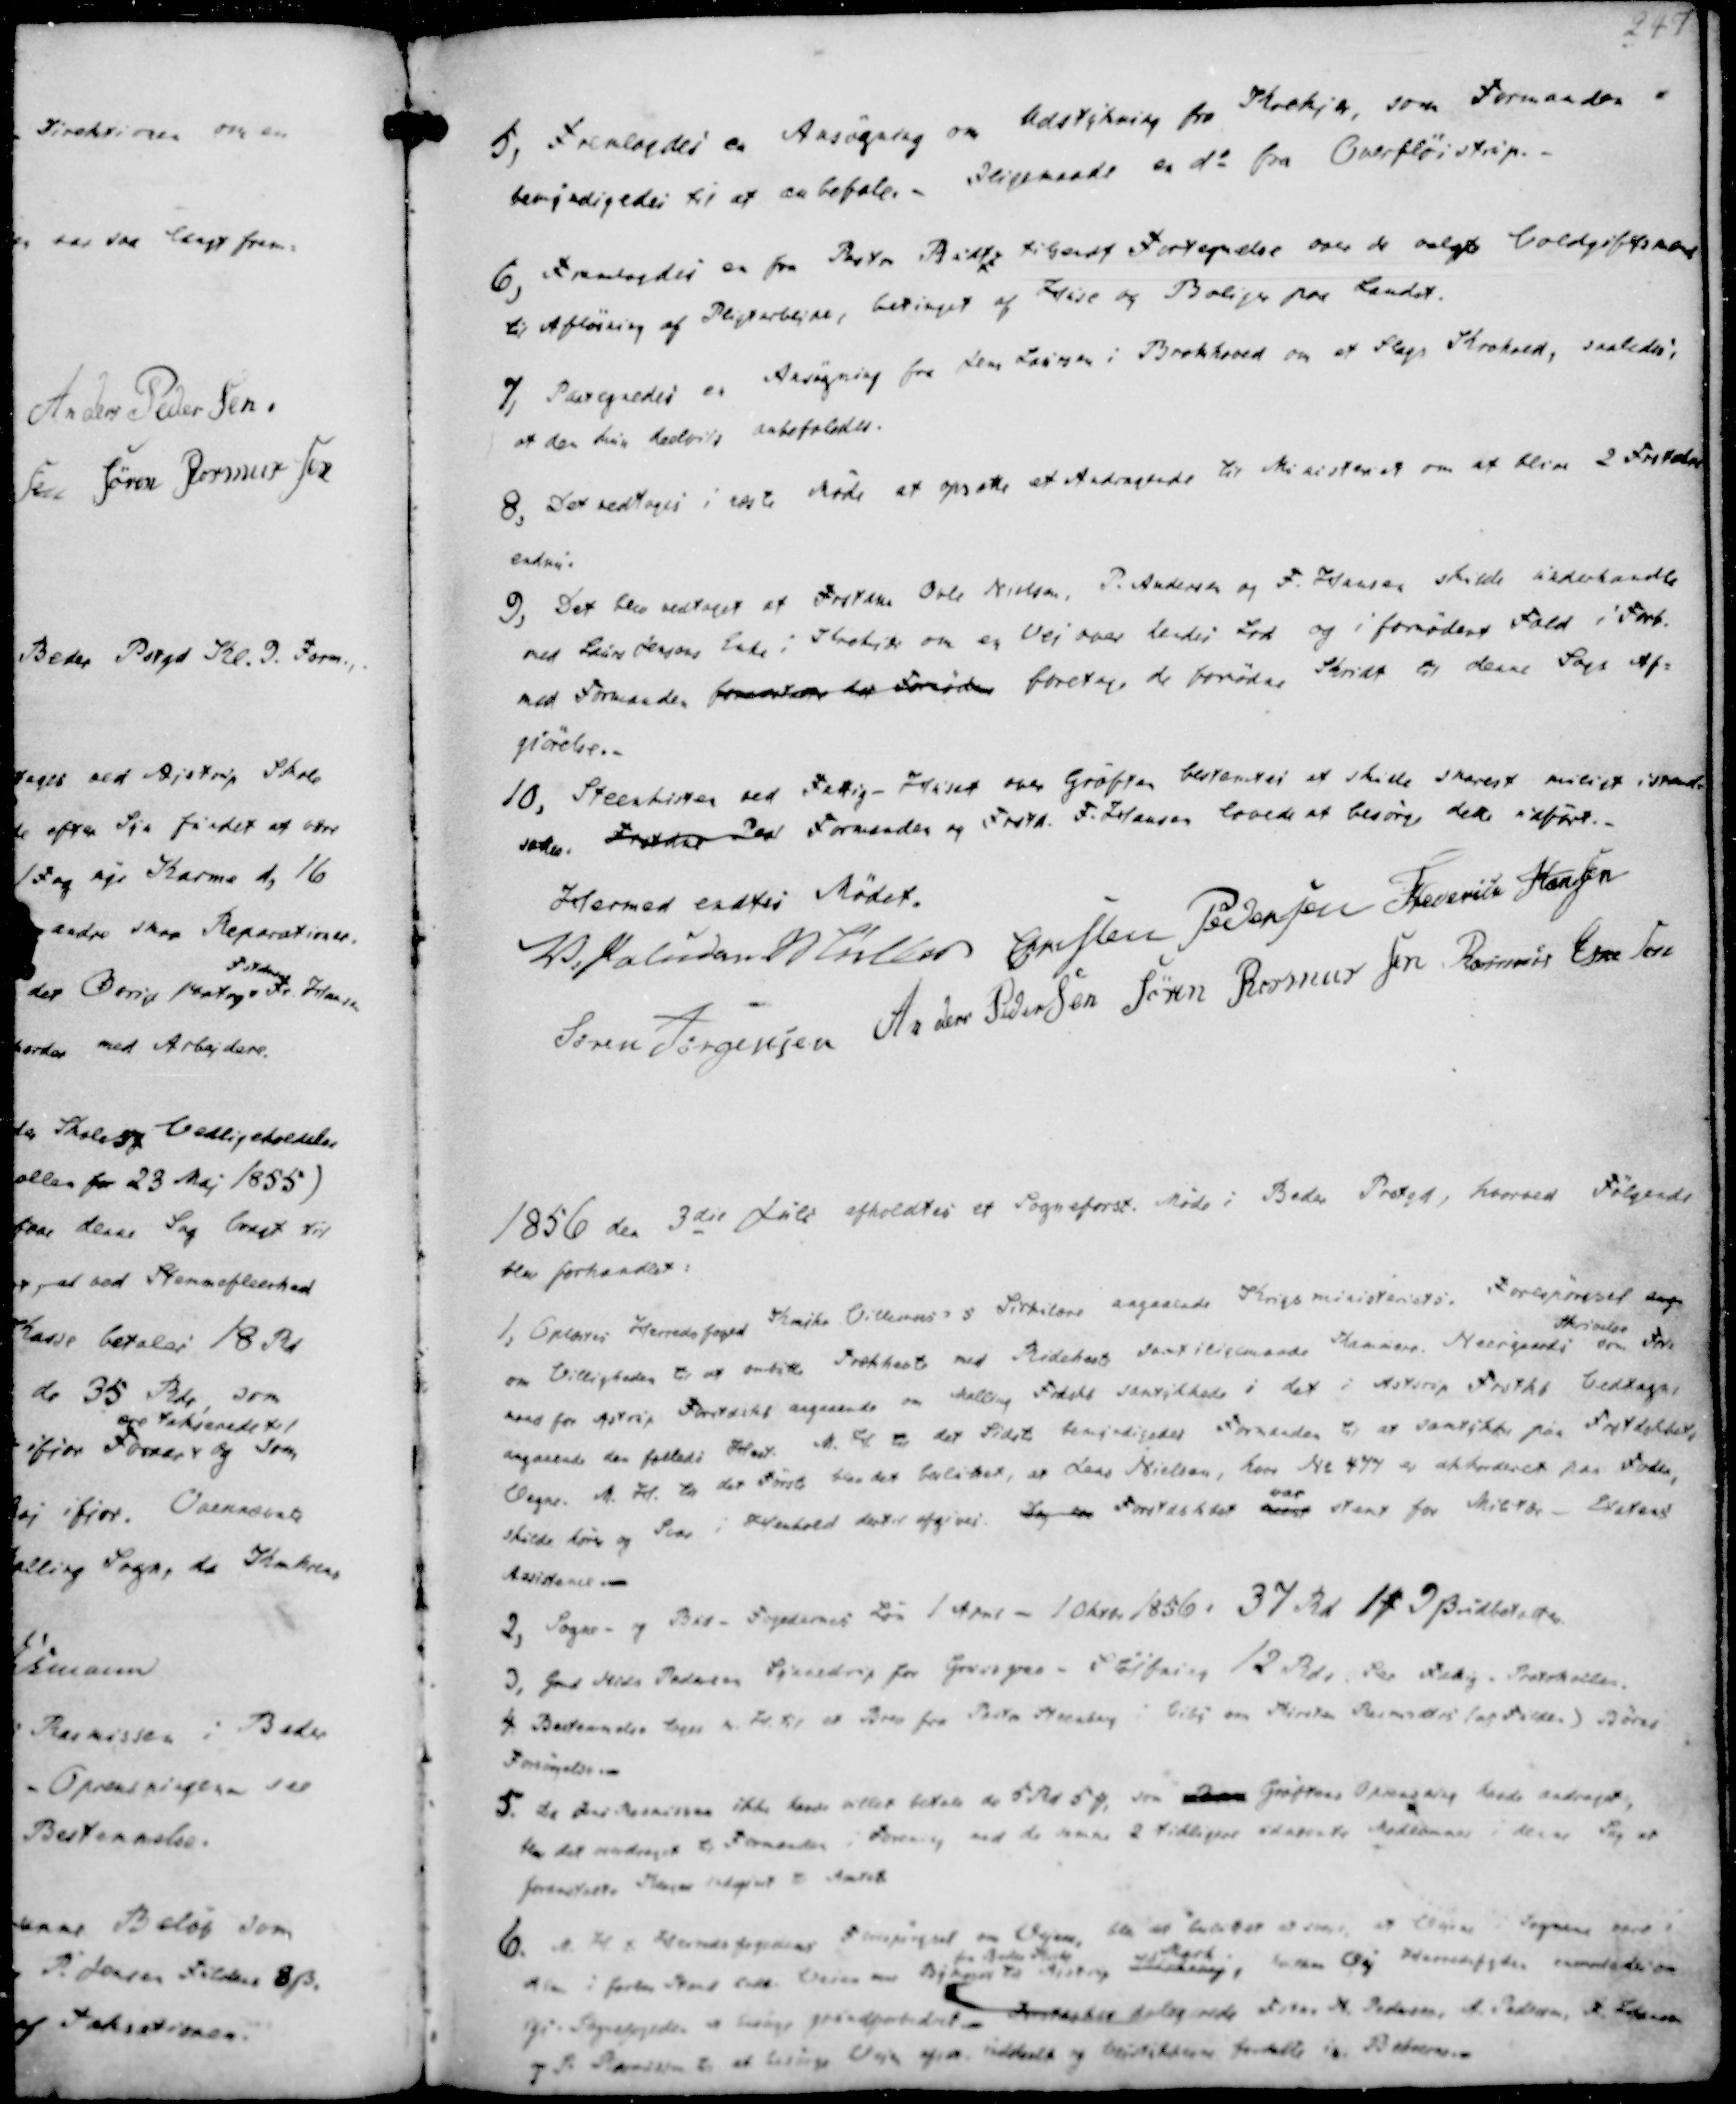
Transskription:
5, Fremlagdes en Ansøgning om Udstykning fra Krekjer, som Formanden
bemyndigedes til at anbefale. - Iligemaade en do fra Overfløistrup.
6, Fremlagdes en fra Pastor Budtz tilsendt Fortegnelse over de valgte Voldgiftsmænd
til Afløsning af Pligtarbejde, betinget af Huse og Boliger paa Landet.
7, Paategnedes en Ansøgning fra Jens Laursen i Brokhoved om et Slags Krohold, saaledes:
at den kun deelvist anbefaledes.

8. Det vedtoges i næste Møde at opsætte et Andragende til Ministeriet om at blive 2 Frstder
endnu:
9, Det blev vedtaget at Frstdne Øvle Nielsen, P. Andersen og F. Hansen skulde underhandle
med Laurs Jensen Enke i Krebyd om en Vej over hendes Lod og i fornødent Fald i Forb.
med Formanden fremstaare det Fornødne foretage de fornødne Skridt til denne Sags Af-
giørelse.
10, Steenkisten ved Fattig-Huset over Grøften bestemtes at skulle snarest muligt istand-
sættes. Frstdre Ped Formanden og Frstd. F. Hansen lovede at besørge dette udført.

Hermed endtes Mødet.
V. Paludan Müller
Christen Pedersen
Frederik Hansen
Søren Jørgensen
Anders Pedersen
Søren Rasmussen
Rasmus Eskesen

1856 den 3die Juli afholdtes et Sogneforst. Møde i Beder Prstgd, hvorved Følgende
blev forhandlet:

1, oplæstes Herredsfoged Kajke Villemoes's Sirkulære angaaende Krigsministeriets. Forespørgsel ang.
om Villigheden til at ombytte Trækheste med Rideheste samt iligemaade Kammere. Neergaards
Skrivelse
som For-
mand for Astrup Forstdskb angaaende om Malling Frdskb samtykkede i det i Astrup Frstkkb Vedtagn,
angaaende den fælleds Hest. M. H. til det Sidste bemyndigedes Formanden til at samtykke paa Frstdskbets
Vegne. M. H. til det Første blev det besluttet, at Jens Nielsen, have No 477 er akkorderet paa Foder,
skulde høres og Svar i Henhold dettes afgives. Sag om Forstdskbet næst
var
stemt for Militbs - Etatens
Assistance.-

2, Sogne- og Bud- Fogedernes Løn 1 April - 1 Oktbr 1856: 37 Rd 1 ₻ 9 ẞ udbetaltes.
3, Gmd Niels Pedersen Synnedrup for Grusgrav - Fløjstrup 12 Rdr, Per Fattig - Protokollen.
4. Bestemmelse toges m. H. til et Brev fra Pastor Steenberg i Viby om Kirsten Rasmusdtrs (af Fulden) Børne
Fordøgelse.-

5. Da Jens Rasmussen ikke havde villet betale de 5 Rd 5 ₻, som Oprens Grøftens Oprensning havde andraget,
blev det andraget til Formanden i Forening, med de samme 2 tidligere udegrete Medlemmer i denne Sag at
foranstalte Klager indgivet til Amtet.
6. M. til Herredsfogedens Forespørgsel om Vejene
blev det besluttet at svare, at Vejene i Sognene være i
Alm i farbar Stand undt. Vejen ved Bymose
fra Beder Skole
til Aistrup Indskring,
Mark
haten Oej Herredsfgden anmodede om
og i Sognefogeden at besørge grundforbedret Instar til Udlægrede Fster N. Pedersen, F. Hansen
og S. Rasmussen til at besørge Vejen af.a. inddeelt og Vejstikkerne fordelte in Beboerne.